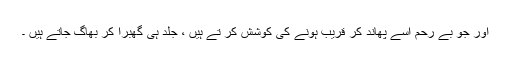
اور جو بے رحم اسے پھاند کر قریب ہونے کی کوشش کر تے ہیں ، جلد ہی گھبرا کر بھاگ جاتے ہیں ۔